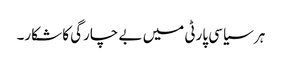
ہر سیاسی پارٹی میں بے چارگی کا شکار۔